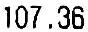
107.36